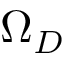
\Omega _ { D }